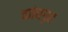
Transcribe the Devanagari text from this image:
कांचगृह